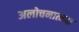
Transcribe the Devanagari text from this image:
अलोचनात्मक